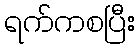
ရက်ကစပြီး